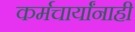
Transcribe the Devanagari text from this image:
कर्मचार्यांनाही